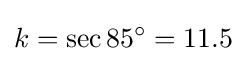
k=\sec 85^{\circ }=11.5